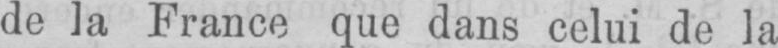
de la France que dans celui de la